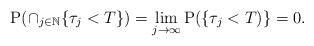
LaTeX: \begin{align*} \mathrm{P}( \cap_{j\in \mathbb{N}}\{\tau_j<T\})=\lim_{j\to\infty} \mathrm{P}(\{\tau_j< T)\}=0. \end{align*}